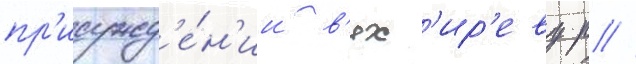
пр'исужд'е́н'ии в'ях'ир'еву р //